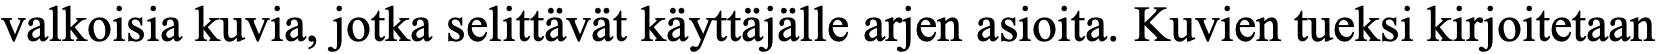
valkoisia kuvia, jotka selittävät käyttäjälle arjen asioita. Kuvien tueksi kirjoitetaan